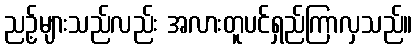
ညဥ့်များသည်လည်း အလားတူပင်ရှည်ကြာလှသည်။